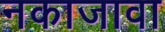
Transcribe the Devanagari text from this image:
नकाजावा